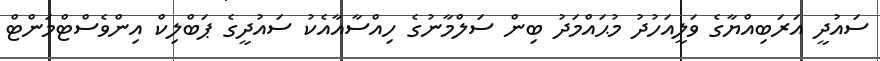
ސައުދީ އަރަބިއްޔާގެ ވަލީއަހުދު މުޙައްމަދު ބިން ސަލްމާނުގެ ހިއްސާއާއެކު ސައުދީގެ ޕަބްލިކް އިންވެސްޓްމަންޓް